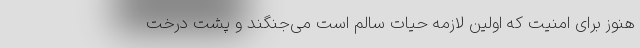
هنوز برای امنیت که اولین لازمه حیات سالم است می‌جنگند و پشت درخت‌